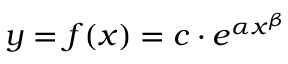
y = f ( x ) = c \cdot e ^ { \alpha x ^ { \beta } }